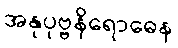
အနုပုဗ္ဗနိရောဓေန